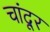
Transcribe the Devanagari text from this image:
चांदूर